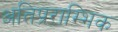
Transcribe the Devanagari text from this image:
अतिप्रराम्भिक